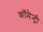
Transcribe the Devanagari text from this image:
कॉमेन्ट्री